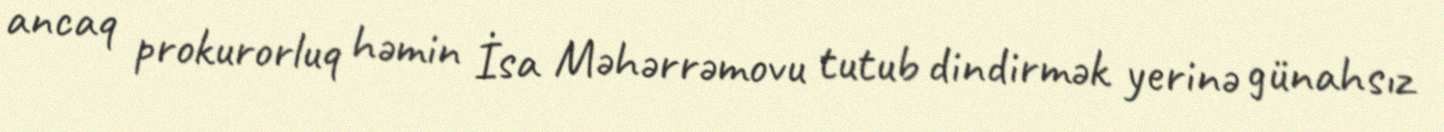
ancaq prokurorluq həmin İsa Məhərrəmovu tutub dindirmək yerinə günahsız